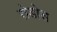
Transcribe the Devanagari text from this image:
रोडोस